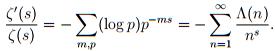
\[ \frac{\zeta'(s)}{\zeta(s)} = - \sum_{m,p} (\log p) p^{-ms} = - \sum_{n=1}^{\infty} \frac{\Lambda(n)}{n^{s}}. \]